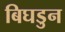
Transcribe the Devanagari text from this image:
बिघडुन